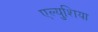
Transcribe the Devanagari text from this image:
एल्युशिया